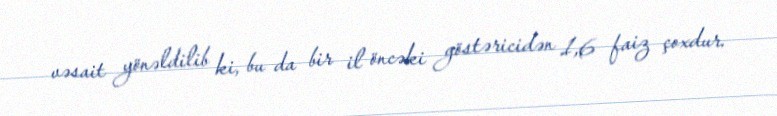
vəsait yönəldilib ki, bu da bir il öncəki göstəricidən 1,6 faiz çoxdur.